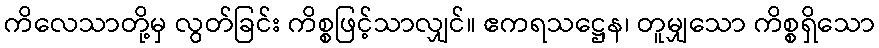
ကိလေသာတို့မှ လွတ်ခြင်း ကိစ္စဖြင့်သာလျှင်။ ဧကရသဋ္ဌေန၊ တူမျှသော ကိစ္စရှိသော